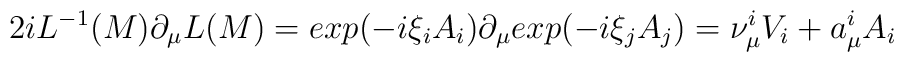
2i L^{-1}(M)\partial_\mu L(M)= exp({-i}\xi_i A_i)\partial_\mu exp({-i}\xi_j A_j) = \nu_\mu^iV_i + a_\mu^i A_i